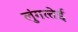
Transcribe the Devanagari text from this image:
लुंगत्‍तेई